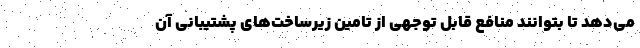
می‌دهد تا بتوانند منافع قابل توجهی از تامین زیرساخت‌های پشتیبانی آن